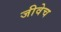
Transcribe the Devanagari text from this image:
जीवेच